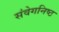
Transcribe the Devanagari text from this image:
संवेगनिष्ठ